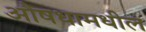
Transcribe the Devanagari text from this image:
औषधामधील